Leaving Certificate Examination (including Day School Certificate (Higher) General paper), 1928
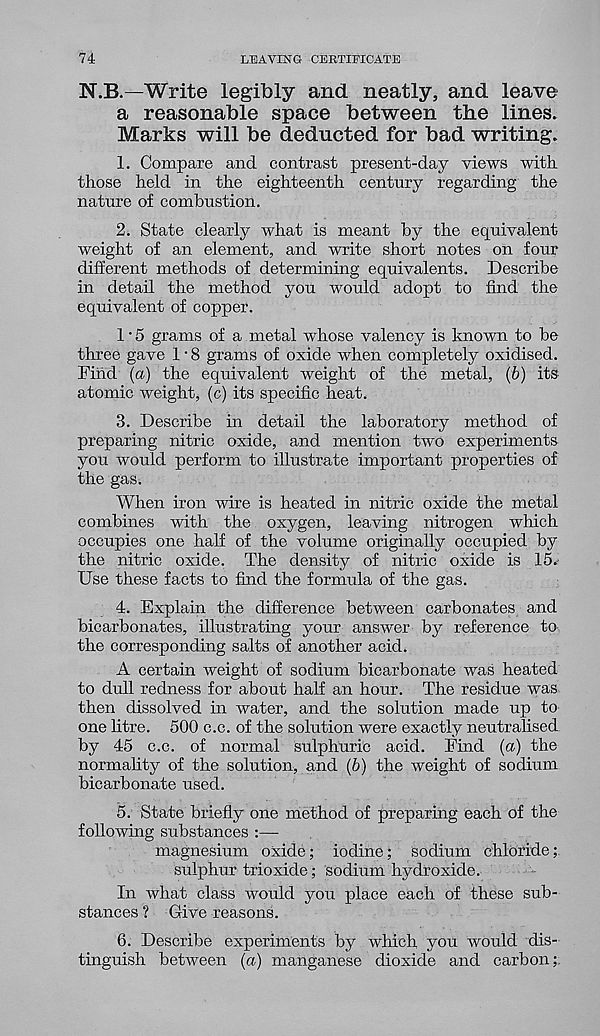
74
LEAVING CERTIFICATE
N.B.—Write legibly and neatly, and leave
a reasonable space between the lines.
Marks will be deducted for bad writing.
1. Compare and contrast present-day views with
those held in the eighteenth century regarding the
nature of combustion,
2. State clearly what is meant by the equivalent
weight of an element, and write short notes on four
different methods of determining equivalents. Describe
in detail the method you would adopt to find the
equivalent of copper.
1 • 5 grams of a metal whose valency is known to be
three gave 1 • 8 grams of oxide when completely oxidised.
Find (a) the equivalent weight of the metal, (b) its
atomic weight, (c) its specific heat.
3. Describe in detail the laboratory method of
preparing nitric oxide, and mention two experiments
you would perform to illustrate important properties of
the gas.
When iron wire is heated in nitric oxide the metal
combines with the oxygen, leaving nitrogen which
occupies one half of the volume originally occupied by
the nitric oxide. The density of nitric oxide is 15.
Use these facts to find the formula of the gas.
4. Explain the difference between carbonates and
bicarbonates, illustrating your answer by reference to
the corresponding salts of another acid.
A certain weight of sodium bicarbonate was heated
to dull redness for about half an hour. The residue was
then dissolved in water, and the solution made up to
one litre. 500 c.c. of the solution were exactly neutralised
by 45 c.c. of normal sulphuric acid. Find {a) the
normality of the solution, and (6) the weight of sodium
bicarbonate used.
5. State briefly one method of preparing each of the
following substances :—•
magnesium oxide; iodine; sodium chloride;
sulphur trioxide; sodium hydroxide.
In what class would you place each of these sub-
stances ? Give reasons.
6. Describe experiments by which you would dis-
tinguish between (a) manganese dioxide and carbon;